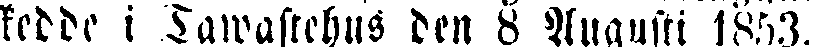
skedde i Tawastehus den 8 Augxsti 1853.